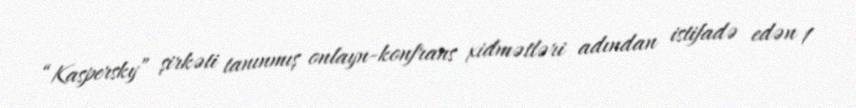
“Kaspersky” şirkəti tanınmış onlayn-konfrans xidmətləri adından istifadə edən 1